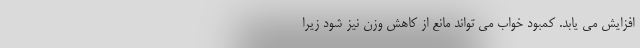
افزایش می یابد. کمبود خواب می تواند مانع از کاهش وزن نیز شود زیرا